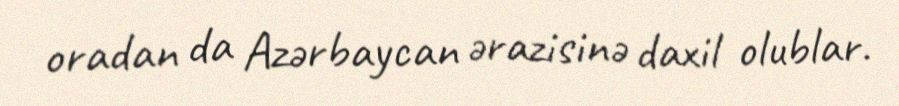
oradan da Azərbaycan ərazisinə daxil olublar.